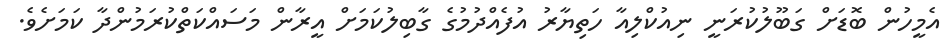
އެމީހުން ބޮޑަށް ގަބޫލުކުރަނީ ނިއުކްލިއާ ހަތިޔާރު އުފެއްދުމުގެ ގާބިލުކަމަށް އީރާން މަސައްކަތްކުރަމުންދާ ކަމަށެވެ.